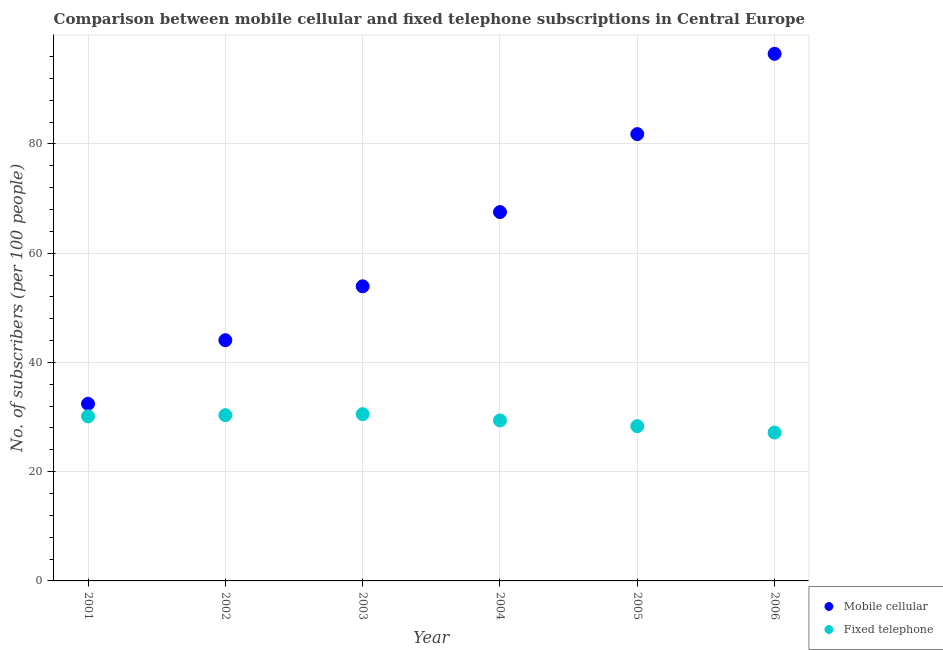
| Year | Mobile cellular | Fixed telephone |
 | --- | --- | --- |
 | 2001 | 32.4 | 30.1 |
 | 2002 | 44.1 | 30.3 |
 | 2003 | 53.9 | 30.5 |
 | 2004 | 67.5 | 29.4 |
 | 2005 | 81.8 | 28.3 |
 | 2006 | 96.5 | 27.2 |